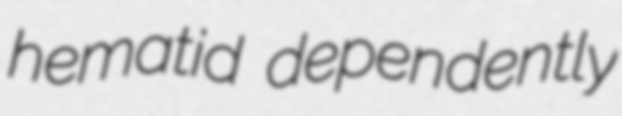
hematid dependently